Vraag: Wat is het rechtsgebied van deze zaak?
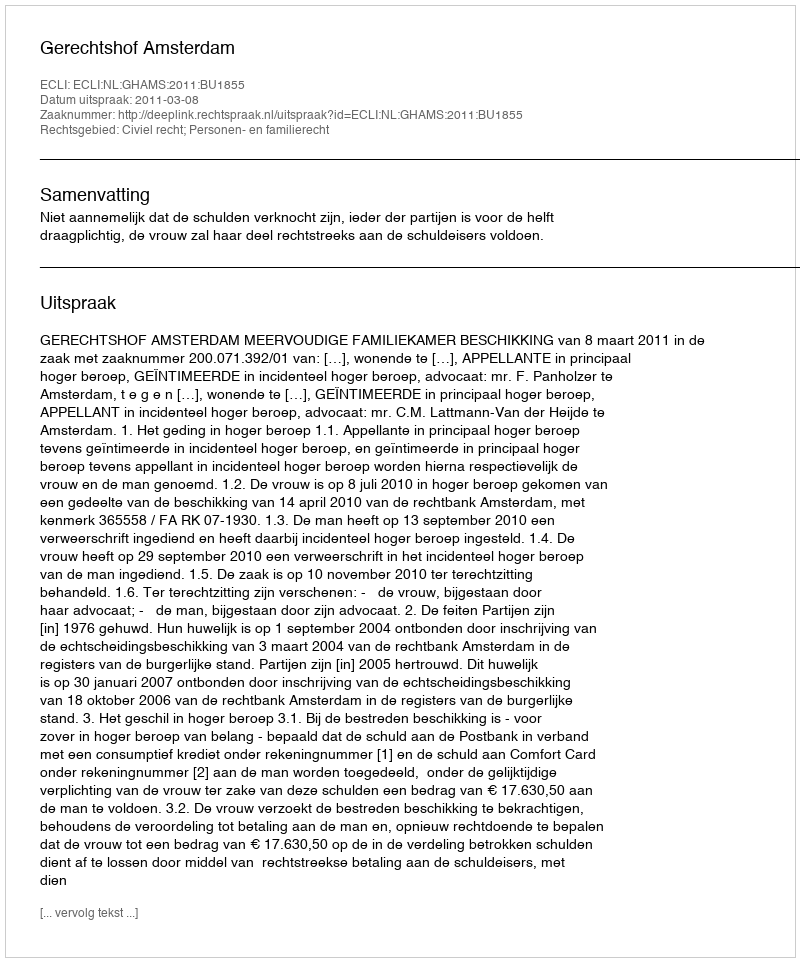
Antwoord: Civiel recht; Personen- en familierecht